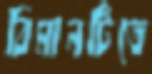
বিমানটিতে